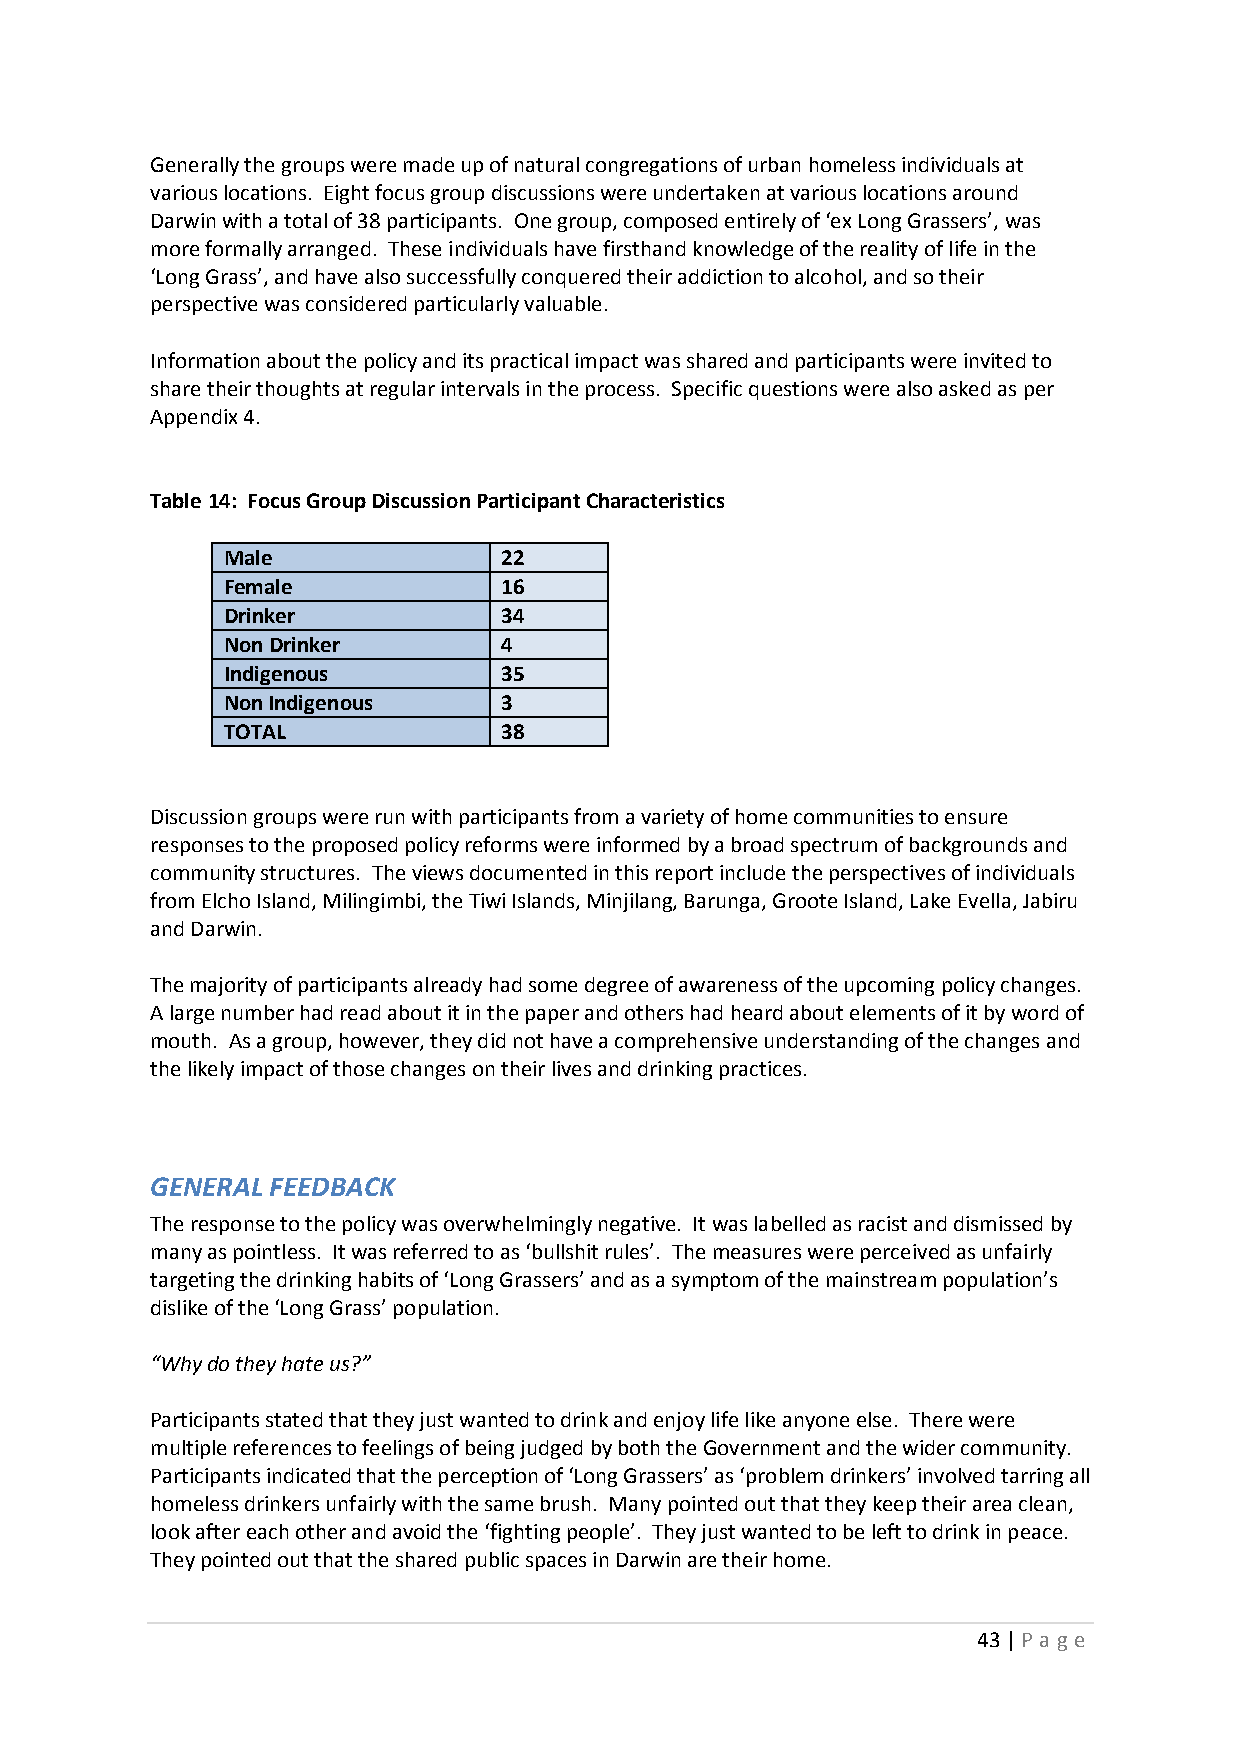
Generally the groups were made up of natural congregations of urban homeless individuals at
 various locations. Eight focus group discussions were undertaken at various locations around
 Darwin with a total of 38 participants. One group, composed entirely of ‘ex Long Grassers’, was
 more formally arranged. These individuals have firsthand knowledge of the reality of life in the
 ‘Long Grass’, and have also successfully conquered their addiction to alcohol, and so their
 perspective was considered particularly valuable.
 Information about the policy and its practical impact was shared and participants were invited to
 share their thoughts at regular intervals in the process. Specific questions were also asked as per
 Appendix 4.
 Table 14: Focus Group Discussion Participant Characteristics
 Male              22
 Female            16
 Drinker           34
 Non Drinker       4
 Indigenous        35
 Non Indigenous    3
 TOTAL             38
 Discussion groups were run with participants from a variety of home communities to ensure
 responses to the proposed policy reforms were informed by a broad spectrum of backgrounds and
 community structures. The views documented in this report include the perspectives of individuals
 from Elcho Island, Milingimbi, the Tiwi Islands, Minjilang, Barunga, Groote Island, Lake Evella, Jabiru
 and Darwin.
 The majority of participants already had some degree of awareness of the upcoming policy changes.
 A large number had read about it in the paper and others had heard about elements of it by word of
 mouth. As a group, however, they did not have a comprehensive understanding of the changes and
 the likely impact of those changes on their lives and drinking practices.
 GENERAL FEEDBACK
 The response to the policy was overwhelmingly negative. It was labelled as racist and dismissed by
 many as pointless. It was referred to as ‘bullshit rules’. The measures were perceived as unfairly
 targeting the drinking habits of ‘Long Grassers’ and as a symptom of the mainstream population’s
 dislike of the ‘Long Grass’ population.
 “Why do they hate us?”
 Participants stated that they just wanted to drink and enjoy life like anyone else. There were
 multiple references to feelings of being judged by both the Government and the wider community.
 Participants indicated that the perception of ‘Long Grassers’ as ‘problem drinkers’ involved tarring all
 homeless drinkers unfairly with the same brush. Many pointed out that they keep their area clean,
 look after each other and avoid the ‘fighting people’. They just wanted to be left to drink in peace.
 They pointed out that the shared public spaces in Darwin are their home.
 43 | P age